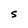
Character: S